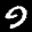
Label: 9